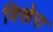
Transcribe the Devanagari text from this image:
विखेरा